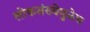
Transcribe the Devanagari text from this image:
लोकसंख्येमुळेच